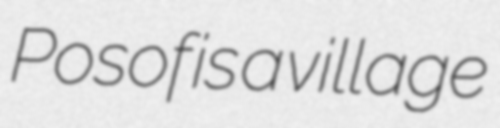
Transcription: Posof is a village